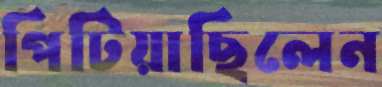
পিটিয়াছিলেন